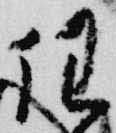
任